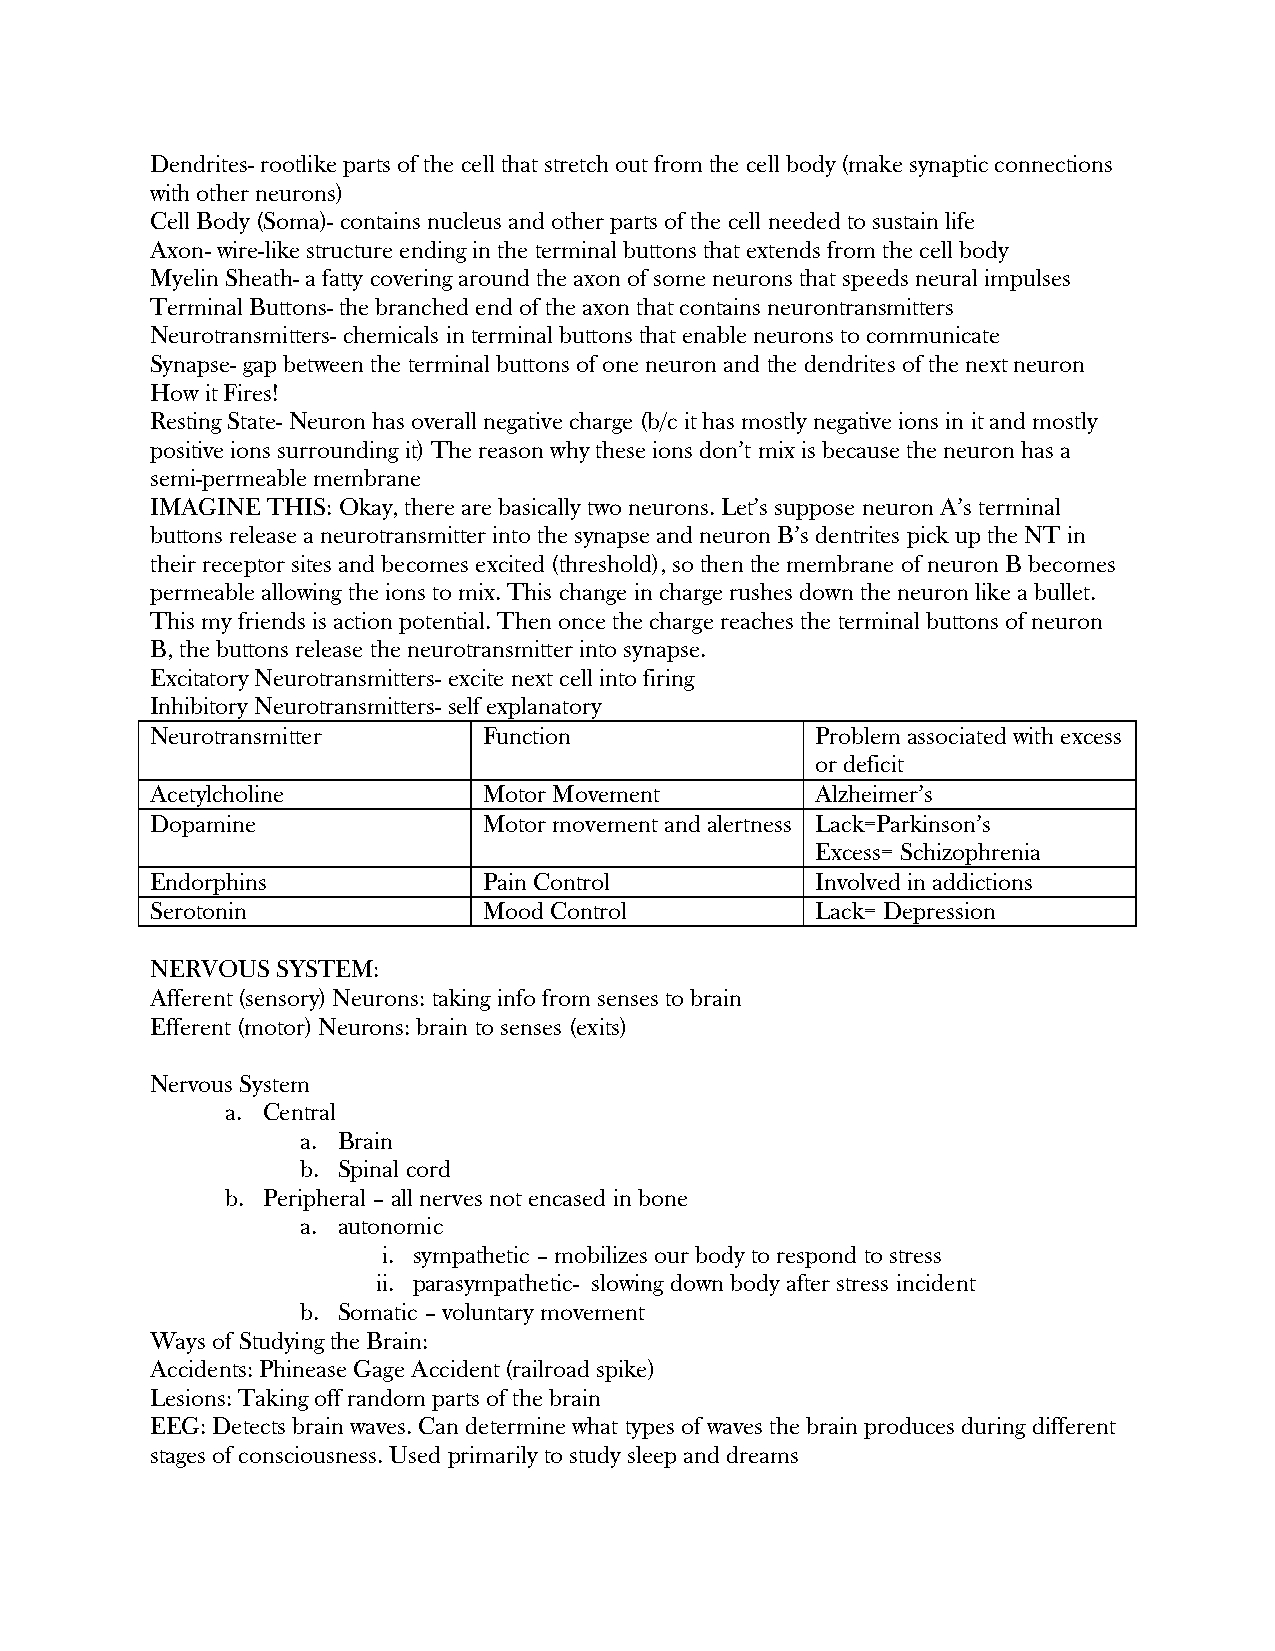
Dendrites- rootlike parts of the cell that stretch out from the cell body (make synaptic connections
 with other neurons)
 Cell Body (Soma)- contains nucleus and other parts of the cell needed to sustain life
 Axon- wire-like structure ending in the terminal buttons that extends from the cell body
 Myelin Sheath- a fatty covering around the axon of some neurons that speeds neural impulses
 Terminal Buttons- the branched end of the axon that contains neurontransmitters
 Neurotransmitters- chemicals in terminal buttons that enable neurons to communicate
 Synapse- gap between the terminal buttons of one neuron and the dendrites of the next neuron
 How it Fires!
 Resting State- Neuron has overall negative charge (b/c it has mostly negative ions in it and mostly
 positive ions surrounding it) The reason why these ions don’t mix is because the neuron has a
 semi-permeable membrane
 IMAGINE THIS: Okay, there are basically two neurons. Let’s suppose neuron A’s terminal
 buttons release a neurotransmitter into the synapse and neuron B’s dentrites pick up the NT in
 their receptor sites and becomes excited (threshold), so then the membrane of neuron B becomes
 permeable allowing the ions to mix. This change in charge rushes down the neuron like a bullet.
 This my friends is action potential. Then once the charge reaches the terminal buttons of neuron
 B, the buttons release the neurotransmitter into synapse.
 Excitatory Neurotransmitters- excite next cell into firing
 Inhibitory Neurotransmitters- self explanatory
 Neurotransmitter      Function              Problem associated with excess
 or deficit
 Acetylcholine         Motor Movement        Alzheimer’s
 Dopamine              Motor movement and alertness Lack=Parkinson’s
 Excess= Schizophrenia
 Endorphins            Pain Control          Involved in addictions
 Serotonin             Mood Control          Lack= Depression
 NERVOUS SYSTEM:
 Afferent (sensory) Neurons: taking info from senses to brain
 Efferent (motor) Neurons: brain to senses (exits)
 Nervous System
 a. Central
 a. Brain
 b. Spinal cord
 b. Peripheral – all nerves not encased in bone
 a. autonomic
 i. sympathetic – mobilizes our body to respond to stress
 ii. parasympathetic- slowing down body after stress incident
 b. Somatic – voluntary movement
 Ways of Studying the Brain:
 Accidents: Phinease Gage Accident (railroad spike)
 Lesions: Taking off random parts of the brain
 EEG: Detects brain waves. Can determine what types of waves the brain produces during different
 stages of consciousness. Used primarily to study sleep and dreams